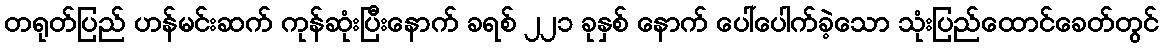
တရုတ်ပြည် ဟန်မင်းဆက် ကုန်ဆုံးပြီးနောက် ခရစ် ၂၂၁ ခုနှစ် နောက် ပေါ်ပေါက်ခဲ့သော သုံးပြည်ထောင်ခေတ်တွင်